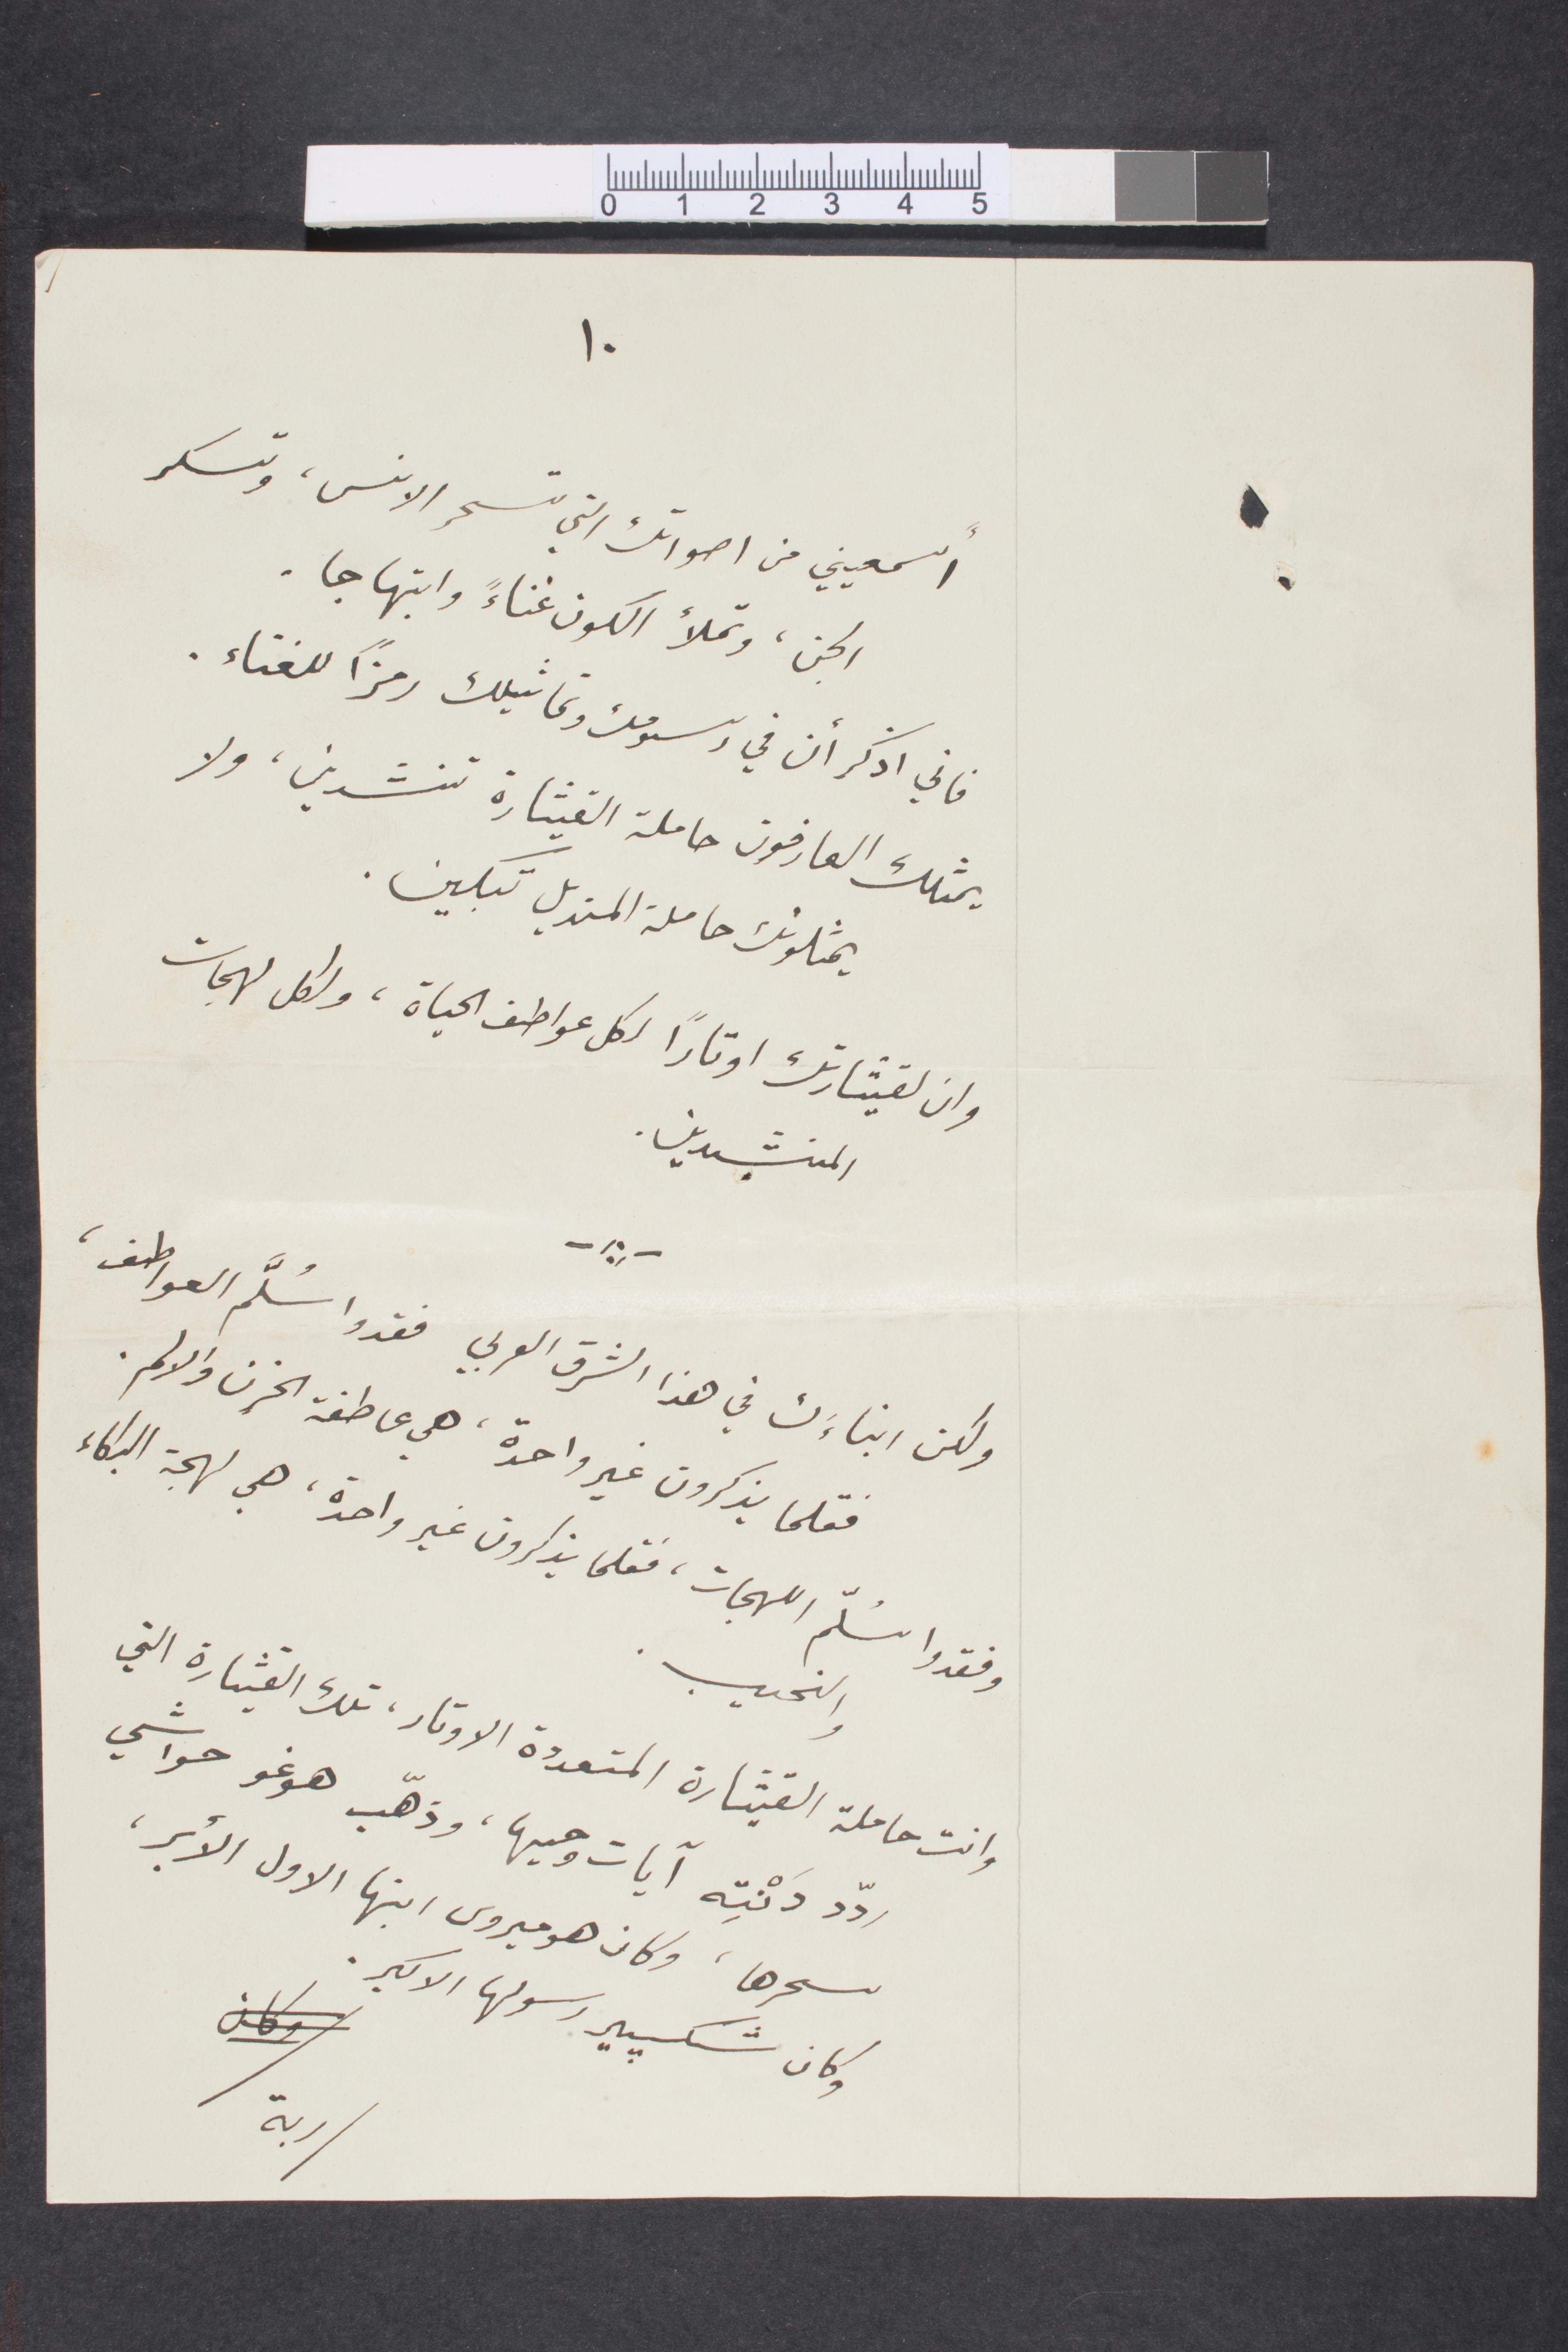
اسمعيني من أصواتك التي تسحر الونس، وتسكر
الجن، وتملأ الكون غناءً وابتهاجًا.
فاني أذكر أن في رسومك وتماثيلك رمزًا للغناء
يمثلك العارفون حاملة القيثارة تنشدين، ولا
يمثلونك حاملة المنديل تبكين.
وان لقيثارتك أوتارًا لكل عواطف الحياة، ولكل لهجات
المنشدين
ولكن ابناءَك في هذا الشرق العربي فقدوا سلَّم العواطف،
فقلما يذكرون غير واحدة، هي عاطفة الحزن والالم.
وفقدوا سلّم اللهجات، فقلما يذكرون غير واحدة، هي لهجة البكاء
والنحيب.
وانت حاملة القيثارة المتعددة الاوتار، تلك القيثارة التي
ردَّد دَنْتِه آيات وحيها، وذهّب هوغو حواشي
سحرها، وكان هوميروس ابنها الأول الأبر،
وكان شيكسبير رسولها الأكبر.
ربة
١٠